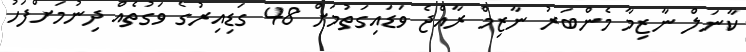
ކާނަލް ނާޒިމާ މެންބަރު ނާޒިމް ރާއްޖެ ވަޑައިގަތުމަށް 48 ގަޑިއިރުގެ ވަގުތެއް ދިނުމަށްފަހު